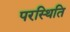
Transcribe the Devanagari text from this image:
परस्थिति